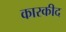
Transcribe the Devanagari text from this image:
कारकीद